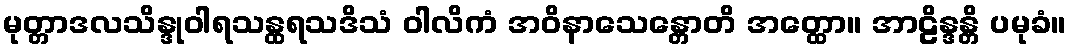
မုတ္တာဒလသိန္ဒုဝါရသန္ထရသဒိသံ ဝါလိကံ အဝိနာသေန္တောတိ အတ္ထော။ အာဠိန္ဒန္တိ ပမုခံ။